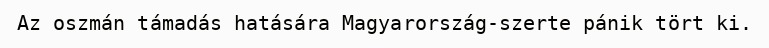
Az oszmán támadás hatására Magyarország-szerte pánik tört ki.